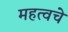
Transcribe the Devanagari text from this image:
महत्वचे